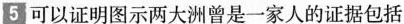
5 可以证明图示两大洲曾是一家人的证据包括